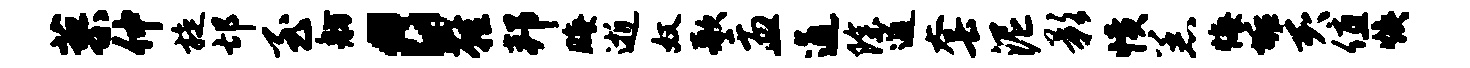
蓼仲旋邙至舫c鞋邦晦逝奴歌盂通除逋套泥影愤恙悔垢亥值焕